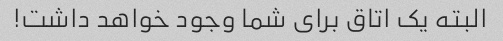
البته یک اتاق برای شما وجود خواهد داشت!